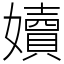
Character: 嬻